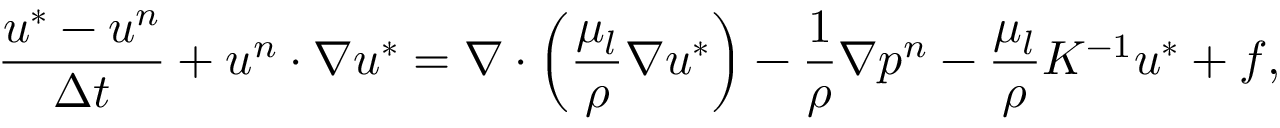
\frac { \boldsymbol { u } ^ { * } - \boldsymbol { u } ^ { n } } { \Delta t } + \boldsymbol { u } ^ { n } \cdot \nabla \boldsymbol { u } ^ { * } = \nabla \cdot \left( \frac { \mu _ { l } } { \rho } \nabla \boldsymbol { u } ^ { * } \right) - \frac { 1 } { \rho } \nabla p ^ { n } - \frac { \mu _ { l } } { \rho } K ^ { - 1 } \boldsymbol { u } ^ { * } + \boldsymbol { f } ,